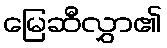
မြေဆီလွှာ၏